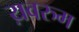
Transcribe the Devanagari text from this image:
य़वरुम